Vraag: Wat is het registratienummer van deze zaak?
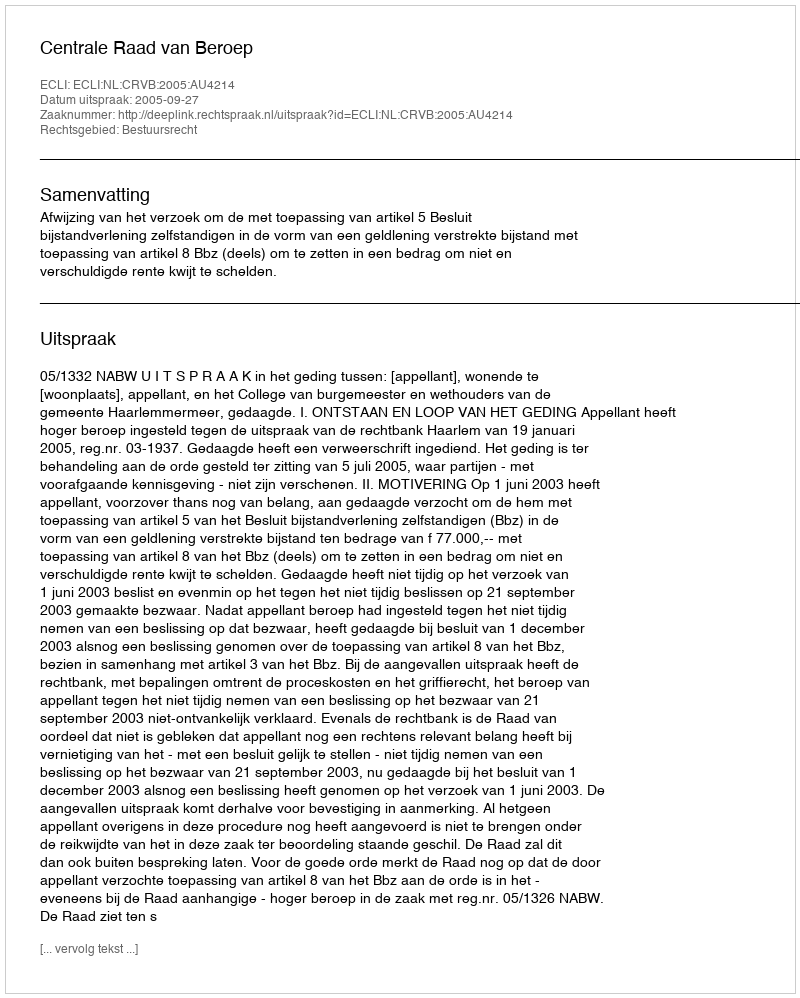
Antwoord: http://deeplink.rechtspraak.nl/uitspraak?id=ECLI:NL:CRVB:2005:AU4214